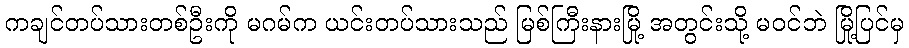
ကချင်တပ်သားတစ်ဦးကို မဂမ်က ယင်းတပ်သားသည် မြစ်ကြီးနားမြို့ အတွင်းသို့ မဝင်ဘဲ မြို့ပြင်မှ